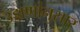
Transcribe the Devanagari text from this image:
उड्डाणांनुसार